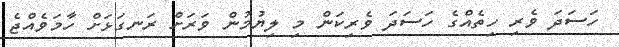
ހަސަދަ ވެރި ހިތެއްގެ ހަސަދަ ވެރިކަން މި ލިޔުމުން ވަރަށް ރަނގަޅަށް ހާމަވެއްޖެ